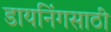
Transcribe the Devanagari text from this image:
डायनिंगसाठी